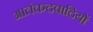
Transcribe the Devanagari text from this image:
आतंकदवादियों